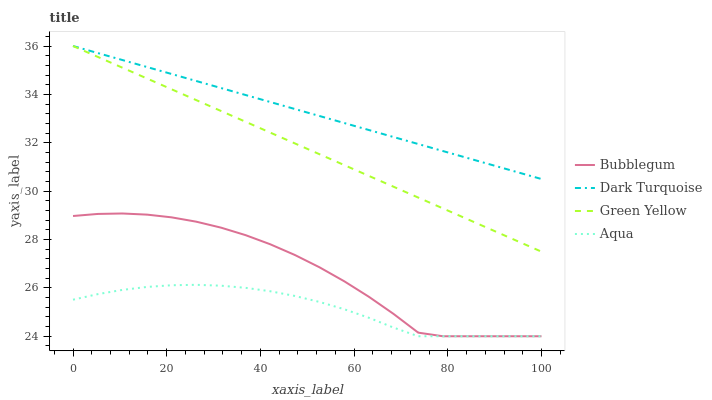
| xaxis_label | Bubblegum | Dark Turquoise | Green Yellow | Aqua |
 | --- | --- | --- | --- | --- |
 | 0 | 29 | 36 | 36 | 25.5 |
 | 5.26 | 29.1 | 35.7 | 35.6 | 25.7 |
 | 10.5 | 29.1 | 35.4 | 35.1 | 25.9 |
 | 15.8 | 29 | 35.1 | 34.7 | 26 |
 | 21.1 | 28.9 | 34.8 | 34.2 | 26.1 |
 | 26.3 | 28.7 | 34.6 | 33.8 | 26.1 |
 | 31.6 | 28.5 | 34.3 | 33.3 | 26.1 |
 | 36.8 | 28.2 | 34 | 32.9 | 26 |
 | 42.1 | 27.8 | 33.7 | 32.4 | 25.9 |
 | 47.4 | 27.4 | 33.4 | 32 | 25.7 |
 | 52.6 | 26.8 | 33.1 | 31.5 | 25.4 |
 | 57.9 | 26.3 | 32.8 | 31.1 | 25.1 |
 | 63.2 | 25.6 | 32.5 | 30.6 | 24.8 |
 | 68.4 | 24.9 | 32.2 | 30.2 | 24.4 |
 | 73.7 | 24.1 | 31.9 | 29.7 | 24 |
 | 78.9 | 24 | 31.7 | 29.3 | 24 |
 | 84.2 | 24 | 31.4 | 28.8 | 24 |
 | 89.5 | 24 | 31.1 | 28.4 | 24 |
 | 94.7 | 24 | 30.8 | 27.9 | 24 |
 | 100 | 24 | 30.5 | 27.5 | 24 |